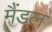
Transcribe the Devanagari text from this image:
मैंडल